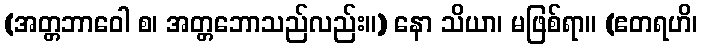
(အတ္တဘာဝေါ စ၊ အတ္တဘောသည်လည်း။) နော သိယာ၊ မဖြစ်ရာ။ (ဧတရဟိ၊